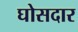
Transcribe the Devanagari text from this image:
घोसदार